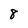
Character: 8